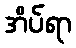
အိပ်ရာ